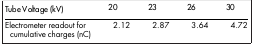
<table><thead><tr><td><b>Tube Voltage (kV)</b></td><td><b>20</b></td><td><b>23</b></td><td><b>26</b></td><td><b>30</b></td></tr></thead><tbody><tr><td>Electrometer readout for cumulative charges (nC)</td><td>2.12</td><td>2.87</td><td>3.64</td><td>4.72</td></tr></tbody></table>